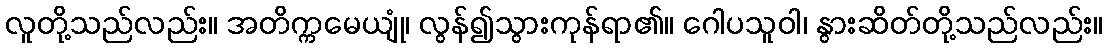
လူတို့သည်လည်း။ အတိက္ကမေယျုံ၊ လွန်၍သွားကုန်ရာ၏။ ဂေါပသူဝါ၊ နွားဆိတ်တို့သည်လည်း။